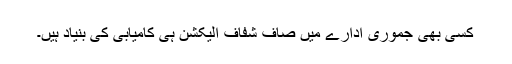
کسی بھی جموری ادارے میں صاف شفاف الیکشن ہی کامیابی کی بنیاد ہیں۔